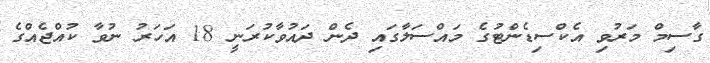
ގާސިމް މަރުވި އެކްސިޑެންޓުގެ މައްސަލާގައި ދެން ދައުވާކުރަނީ 18 އަހަރު ނުވާ ކުއްޖެއްގެ